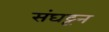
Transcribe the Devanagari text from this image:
संघट्टन